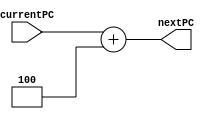
module PCIncrement(currentPC, nextPC);
	input [31:0] currentPC;
	output [31:0] nextPC;
	
	assign nextPC = currentPC + 4;
endmodule